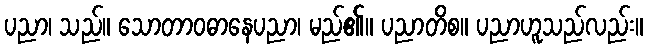
ပညာ၊ သည်။ သောတာဝဓာနေပညာ၊ မည်၏။ ပညာတိစ။ ပညာဟူသည်လည်း။